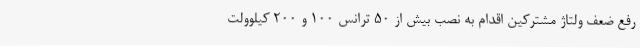
رفع ضعف ولتاژ مشترکین اقدام به نصب بیش از 50 ترانس 100 و 200 کیلوولت